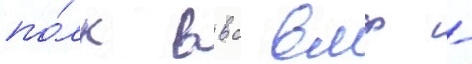
по́лк ввс вмф -